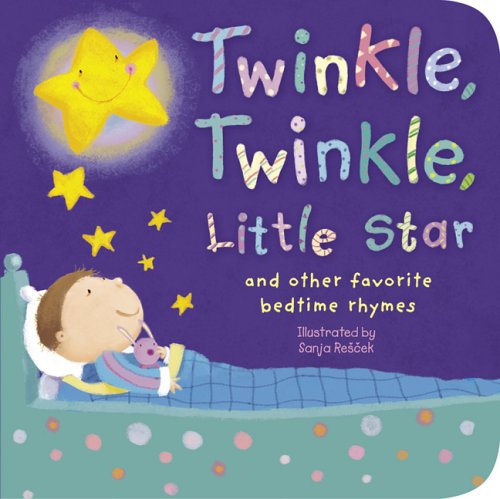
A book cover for Twinkle, Twinkle, Little Star: And Other Favorite Nursery Rhymes (Padded Nursery Rhyme Board Books); Sanja Rescek; Children's Books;